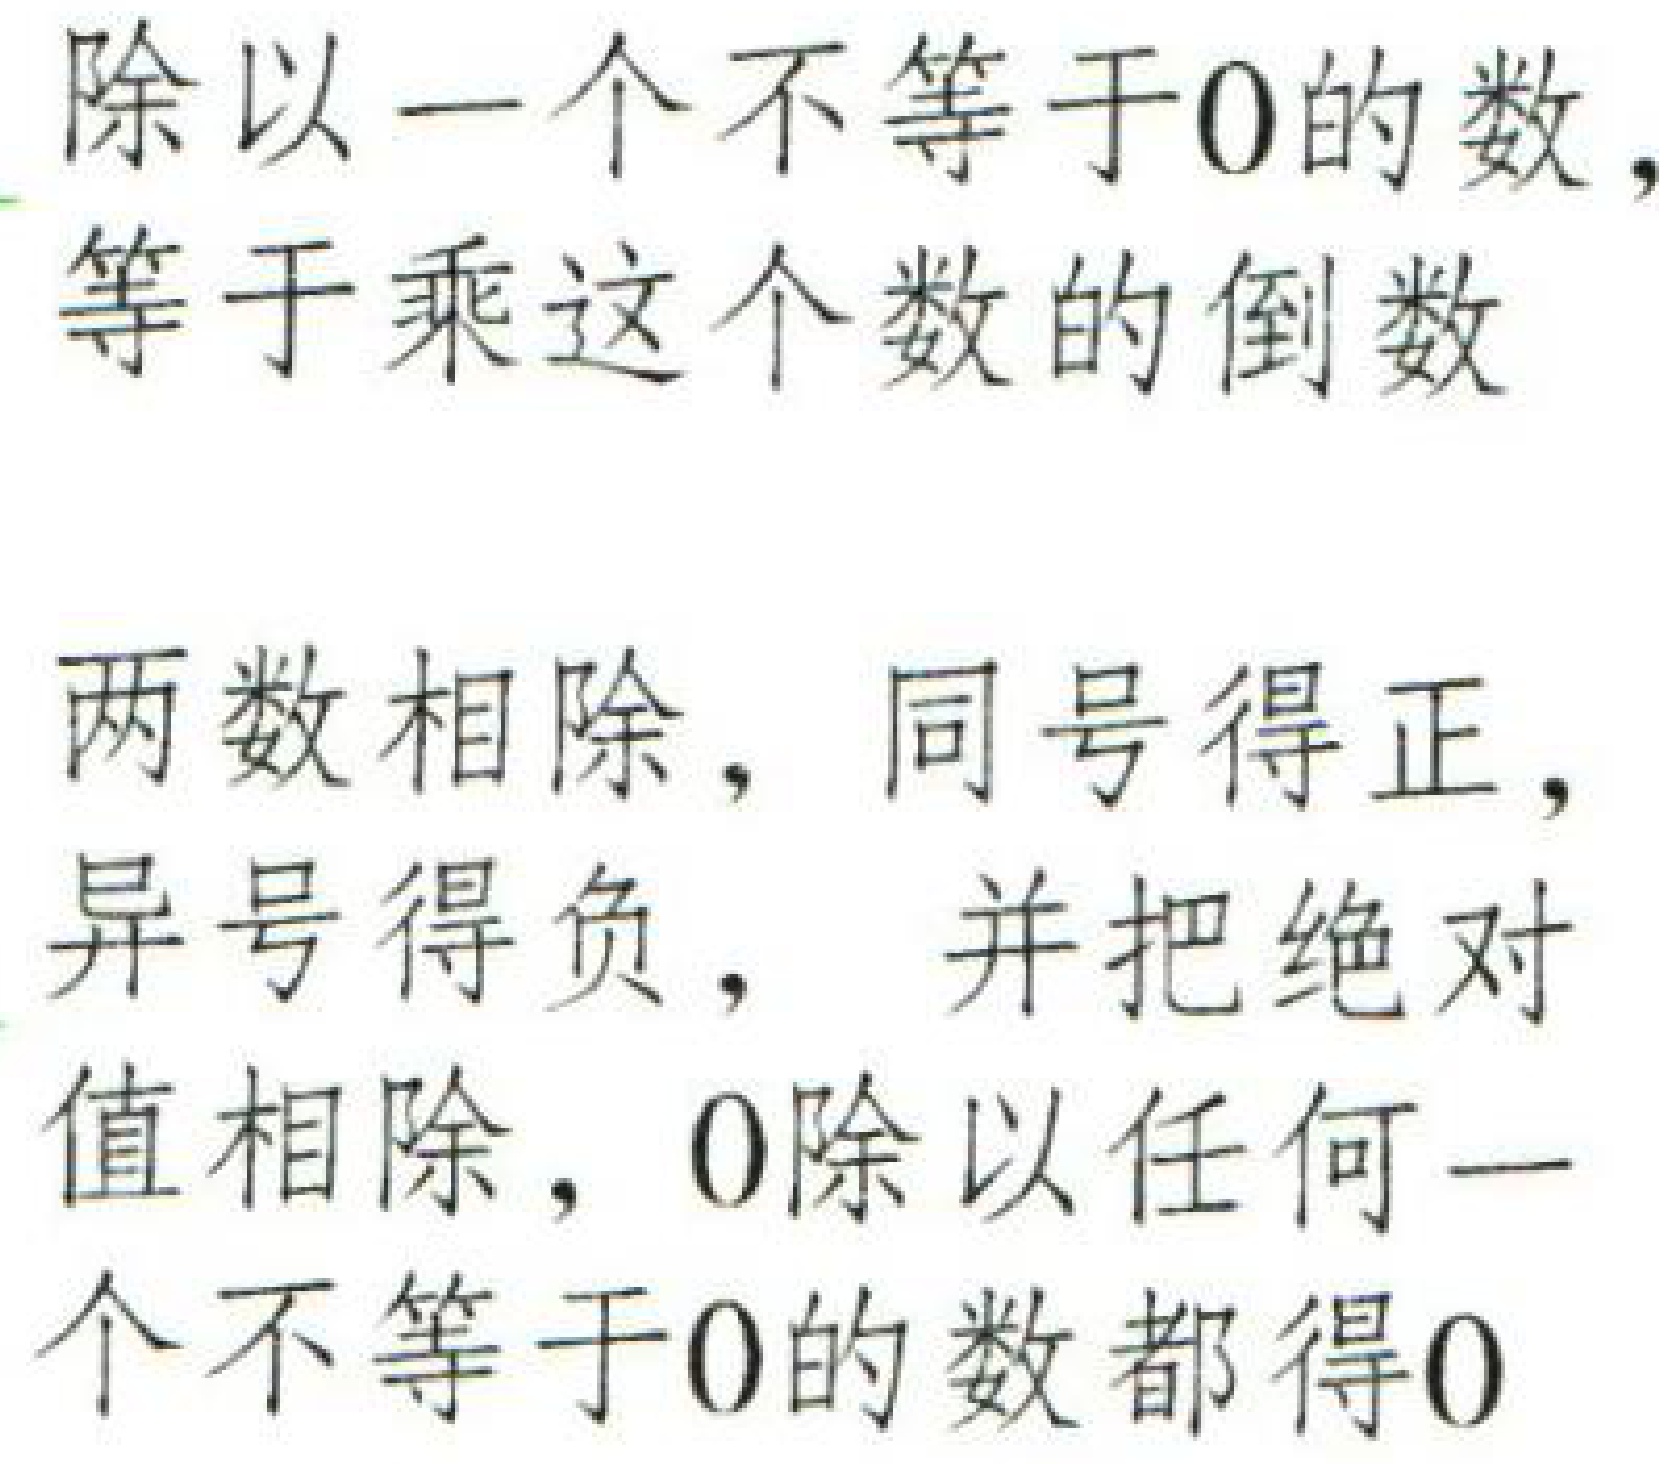
除以一个不等于\(0\)的数，等于乘这个数的倒数
两数相除，同号得正，异号得负，并把绝对值相除，\(0\)除以任何一个不等于\(0\)的数都得\(0\)